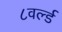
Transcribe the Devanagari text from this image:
८वर्ल्ड